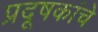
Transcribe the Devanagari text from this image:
प्रदूषकांचे